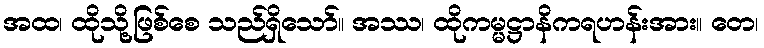
အထ၊ ထိုသို့ဖြစ်စေ သည်ရှိသော်။ အဿ၊ ထိုကမ္မဋ္ဌာနိကရဟန်းအား။ တေ၊